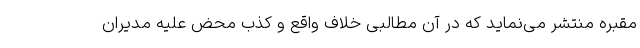
مقبره منتشر می‌نماید که در آن مطالبی خلاف واقع و کذب محض علیه مدیران